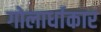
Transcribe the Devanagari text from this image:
गोलार्धाकार